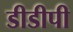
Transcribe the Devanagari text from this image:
डीडीपी